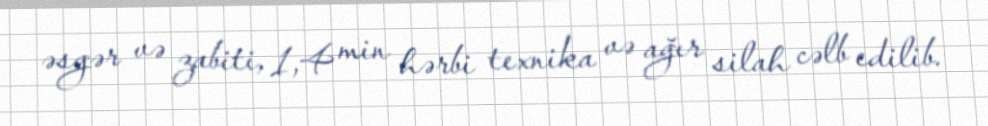
əsgər və zabiti, 1,4 min hərbi texnika və ağır silah cəlb edilib.